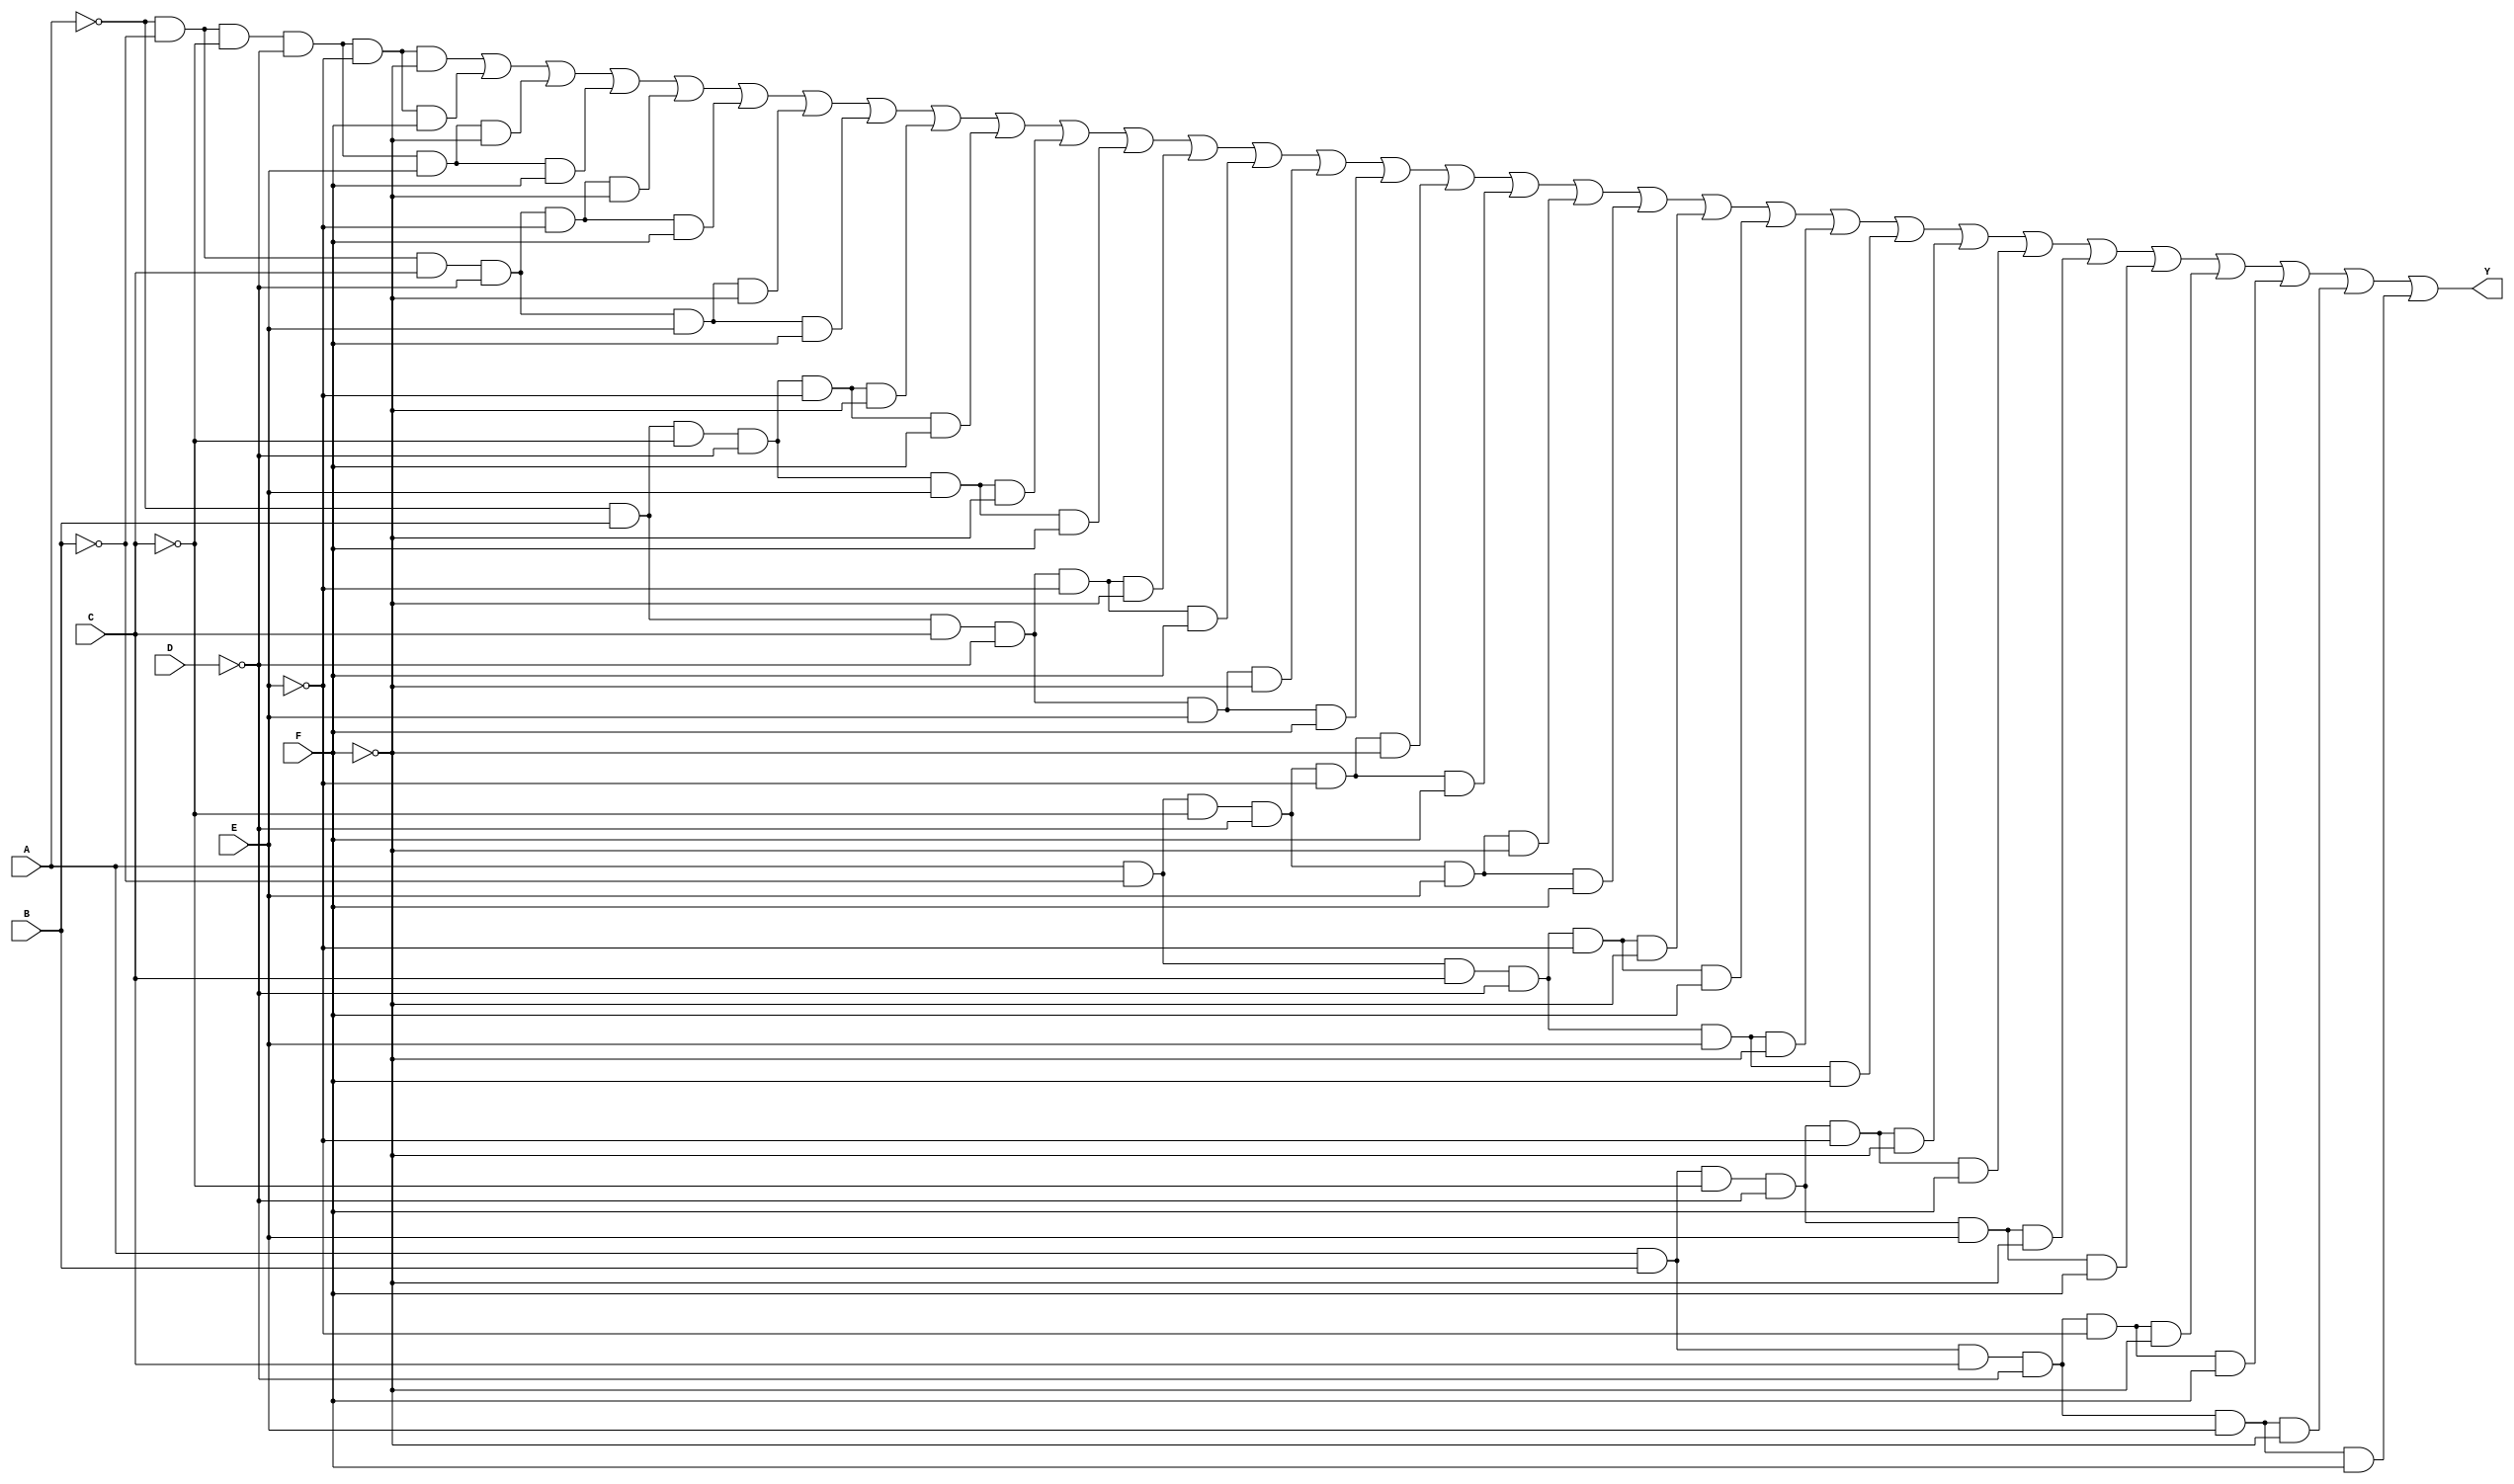
module six_variable_kmap (
    input wire A,  // Input A
    input wire B,  // Input B
    input wire C,  // Input C
    input wire D,  // Input D
    input wire E,  // Input E
    input wire F,  // Input F
    output wire Y  // Output Y
);

    // Internal signals for the minterms
    wire m0, m1, m2, m3, m4, m5, m6, m7;
    wire m8, m9, m10, m11, m12, m13, m14, m15;
    wire m16, m17, m18, m19, m20, m21, m22, m23;
    wire m24, m25, m26, m27, m28, m29, m30, m31;

    // Define the minterms based on the K-map
    assign m0  = ~A & ~B & ~C & ~D & ~E & ~F;  // 000000
    assign m1  = ~A & ~B & ~C & ~D & ~E & F;   // 000001
    assign m2  = ~A & ~B & ~C & ~D & E & ~F;   // 000010
    assign m3  = ~A & ~B & ~C & ~D & E & F;    // 000011
    assign m4  = ~A & ~B & C & ~D & ~E & ~F;   // 000100
    assign m5  = ~A & ~B & C & ~D & ~E & F;    // 000101
    assign m6  = ~A & ~B & C & ~D & E & ~F;    // 000110
    assign m7  = ~A & ~B & C & ~D & E & F;     // 000111
    assign m8  = ~A & B & ~C & ~D & ~E & ~F;   // 001000
    assign m9  = ~A & B & ~C & ~D & ~E & F;    // 001001
    assign m10 = ~A & B & ~C & ~D & E & ~F;    // 001010
    assign m11 = ~A & B & ~C & ~D & E & F;     // 001011
    assign m12 = ~A & B & C & ~D & ~E & ~F;    // 001100
    assign m13 = ~A & B & C & ~D & ~E & F;     // 001101
    assign m14 = ~A & B & C & ~D & E & ~F;     // 001110
    assign m15 = ~A & B & C & ~D & E & F;      // 001111
    assign m16 = A & ~B & ~C & ~D & ~E & ~F;   // 010000
    assign m17 = A & ~B & ~C & ~D & ~E & F;    // 010001
    assign m18 = A & ~B & ~C & ~D & E & ~F;    // 010010
    assign m19 = A & ~B & ~C & ~D & E & F;     // 010011
    assign m20 = A & ~B & C & ~D & ~E & ~F;    // 010100
    assign m21 = A & ~B & C & ~D & ~E & F;     // 010101
    assign m22 = A & ~B & C & ~D & E & ~F;     // 010110
    assign m23 = A & ~B & C & ~D & E & F;      // 010111
    assign m24 = A & B & ~C & ~D & ~E & ~F;    // 011000
    assign m25 = A & B & ~C & ~D & ~E & F;     // 011001
    assign m26 = A & B & ~C & ~D & E & ~F;     // 011010
    assign m27 = A & B & ~C & ~D & E & F;      // 011011
    assign m28 = A & B & C & ~D & ~E & ~F;     // 011100
    assign m29 = A & B & C & ~D & ~E & F;      // 011101
    assign m30 = A & B & C & ~D & E & ~F;      // 011110
    assign m31 = A & B & C & ~D & E & F;       // 011111

    // Combine minterms to produce output Y
    assign Y = m0 | m1 | m2 | m3 | m4 | m5 | m6 | m7 |
               m8 | m9 | m10 | m11 | m12 | m13 | m14 | m15 |
               m16 | m17 | m18 | m19 | m20 | m21 | m22 | m23 |
               m24 | m25 | m26 | m27 | m28 | m29 | m30 | m31;

endmodule